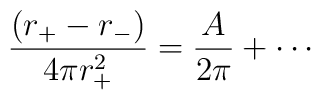
\frac{(r_{+}-r_{-})}{4\pi r_{+}^2}=\frac{A}{2\pi}+\cdots